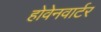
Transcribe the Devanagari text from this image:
होवेनवार्टर